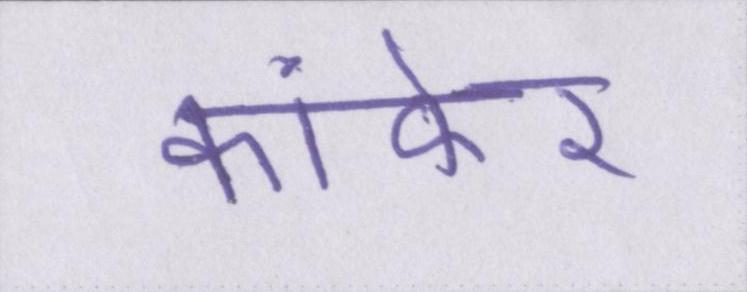
कांकेर